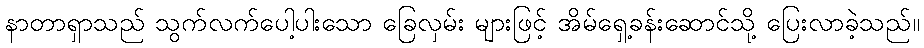
နာတာရှာသည် သွက်လက်ပေါ့ပါးသော ခြေလှမ်း များဖြင့် အိမ်ရှေ့ခန်းဆောင်သို့ ပြေးလာခဲ့သည်။